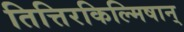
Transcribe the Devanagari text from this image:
तित्तिरकिल्मिषान्